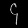
Digit: ၄